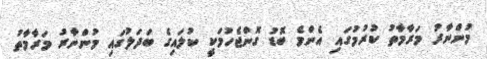
މުންނާރު މަރާމާތު ކުރުމުގައި އެންމެ ބޮޑު ގޮންޖެހުމަކީ ކުލައިގެ ބަދަލުގައި މުންނާރު މަރާމާތު